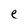
Character: e